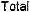
TOTAL